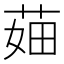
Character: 𦲣